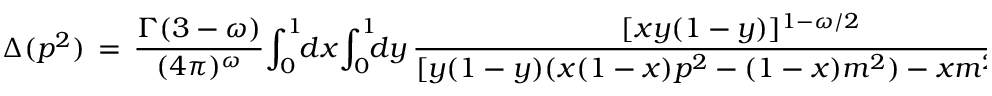
\Delta ( p ^ { 2 } ) \, = \, \frac { \Gamma ( 3 - \omega ) } { ( 4 \pi ) ^ { \omega } } \! \int _ { 0 } ^ { 1 } \! \! d x \! \int _ { 0 } ^ { 1 } \! \! \! d y \, \frac { [ x y ( 1 - y ) ] ^ { 1 - \omega / 2 } } { [ y ( 1 - y ) ( x ( 1 - x ) p ^ { 2 } - ( 1 - x ) m ^ { 2 } ) - x m ^ { 2 } ] ^ { 3 - \omega } }